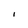
Character: 1